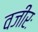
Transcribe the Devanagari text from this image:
वजीरः